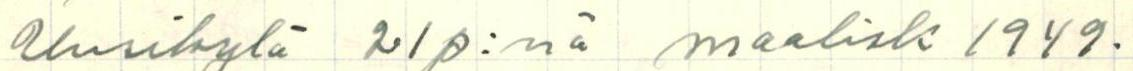
Uusikylä 21 p:nä maalisk 1949.